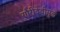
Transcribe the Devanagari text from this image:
गौरीदेवीमुळे